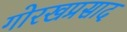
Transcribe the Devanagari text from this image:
गोरखप्रसाद